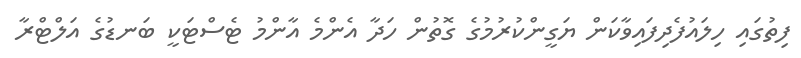
ފިތުގައި ހިލައުފެދިފައިވާކަން ޔަގީންކުރުމުގެ ގޮތުން ހަދާ އެންމެ އާންމު ޓެސްޓަކީ ބަނޑުގެ އަލްޓްރާ